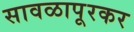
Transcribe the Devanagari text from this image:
सावळापूरकर